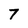
Character: 7